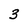
Character: 3